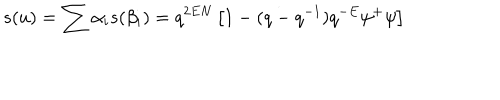
s ( u ) = \sum \alpha _ { i } s ( \beta _ { i } ) = q ^ { 2 E N } \left[ 1 - ( q - q ^ { - 1 } ) q ^ { - E } \psi ^ { + } \psi \right]